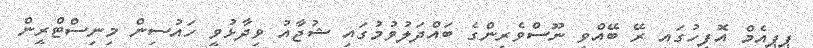
ޕީޕީއެމް އޮފީހުގައި ރޭ ބޭއްވި ނޫސްވެރިންގެ ބައްދަލުވުމުގައި ޝުޖާއު ވިދާޅުވީ ހައުސިން މިނިސްޓްރީން